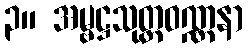
၃။ အမ္ဗဋ္ဌသုတ္တဝဏ္ဏနာ